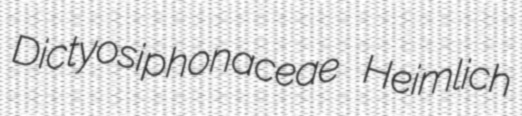
Dictyosiphonaceae Heimlich